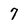
Character: 7